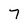
Character: 7